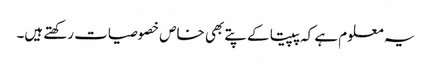
یہ معلوم ہے کہ پپیتا کے پتے بھی خاص خصوصیات رکھتے ہیں۔